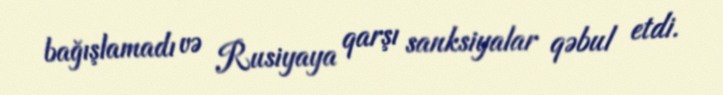
bağışlamadı və Rusiyaya qarşı sanksiyalar qəbul etdi.